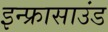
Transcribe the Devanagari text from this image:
इन्फ्रासाउंड